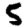
Digit: 5